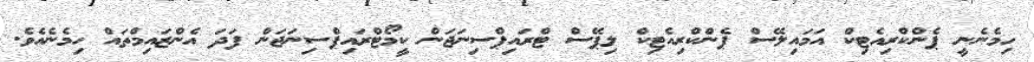
ހިމެނެނީ ޕެންކްރިއެޓިކް އަމައިލޭސް ޕެންކްރިއެޓިކް ލިޕޭސް ޓްރައިޕްސިނަޖަން ކީމޯޓްރައިޕްސިނަޖަން ފަދަ އެންޒައިމްތައް ހިމެނެއެވެ.